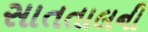
સાતતાલની